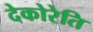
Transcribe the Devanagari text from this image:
देकोरेति